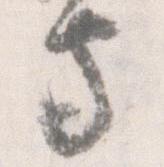
守